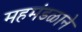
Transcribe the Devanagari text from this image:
महमंडळाने